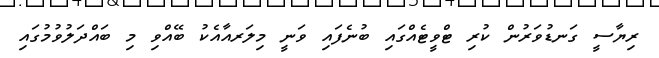
ރިޔާސީ ގަނޑުވަރުން ކުރި ޓްވީޓެއްގައި ބުނެފައި ވަނީ މިލަރއާއެކު ބޭއްވި މި ބައްދަލުވުމުގައި